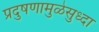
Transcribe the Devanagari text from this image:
प्रदुषणामुळेसुध्दा